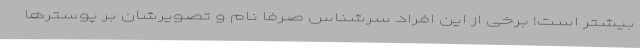
بیشتر است! برخی از این افراد سرشناس صرفا نام و تصویرشان بر پوسترها